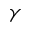
\gamma